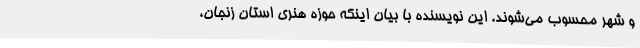
و شهر محسوب می‌شوند. این نویسنده با بیان اینکه حوزه هنری استان زنجان،